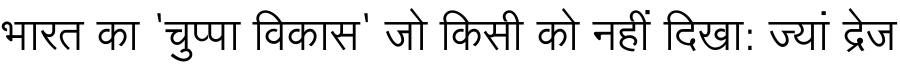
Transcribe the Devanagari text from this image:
भारत का 'चुप्पा विकास' जो किसी को नहीं दिखा: ज्यां द्रेज